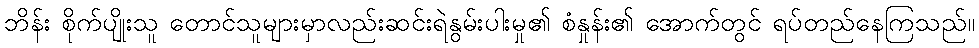
ဘိန်း စိုက်ပျိုးသူ တောင်သူများမှာလည်းဆင်းရဲနွမ်းပါးမှု၏ စံနှုန်း၏ အောက်တွင် ရပ်တည်နေကြသည်။